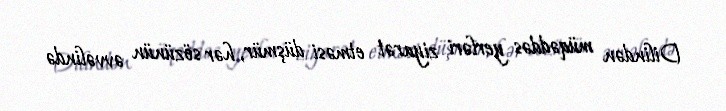
Dilindən müqəddəs yerləri ziyarət etməsi düşmür, hər sözünün əvvəlində